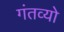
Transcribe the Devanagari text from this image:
गंतव्यो